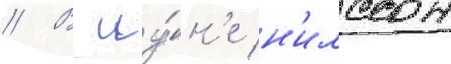
// В иу́н'е н'илссон